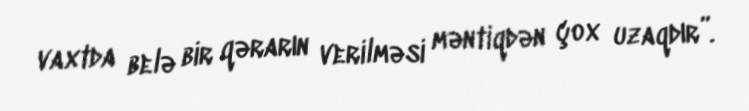
vaxtda belə bir qərarın verilməsi məntiqdən çox uzaqdır”.